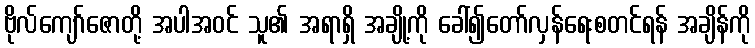
ဗိုလ်ကျော်ဇောတို့ အပါအဝင် သူ၏ အရာရှိ အချို့ကို ခေါ်၍တော်လှန်ရေးစတင်ရန် အချိန်ကို